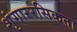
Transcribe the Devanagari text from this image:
शृंगाररसिकता